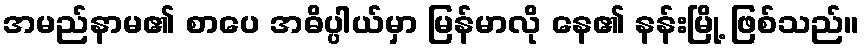
အမည်နာမ၏ စာပေ အဓိပ္ပါယ်မှာ မြန်မာလို နေ၏ နန်းမြို့ ဖြစ်သည်။